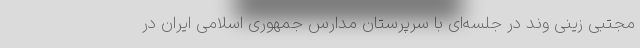
مجتبی زینی وند در جلسه‌ای با سرپرستان مدارس جمهوری اسلامی ایران در